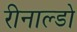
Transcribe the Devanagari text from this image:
रीनाल्डो